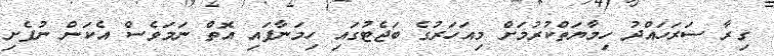
ގިރާ ސަރަހައްދު ހިމާޔަތްކުރުމަށް މިއަހަރުގެ ބަޖެޓުގައި ހިމަނާފައި އޮތް ނަމަވެސް އެކަން ނުފެށި